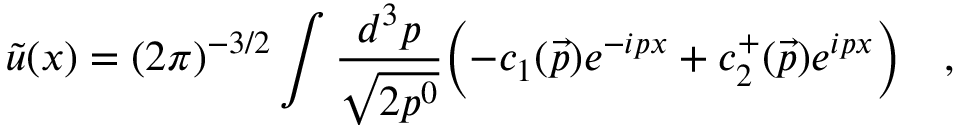
\tilde { u } ( x ) = ( 2 \pi ) ^ { - 3 / 2 } \int \frac { d ^ { 3 } p } { \sqrt { 2 p ^ { 0 } } } \Bigl ( - c _ { 1 } ( \vec { p } ) e ^ { - i p x } + c _ { 2 } ^ { + } ( \vec { p } ) e ^ { i p x } \Bigl ) \quad ,